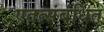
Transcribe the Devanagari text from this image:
एतत्संबंधित